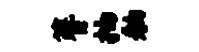
簪抽舳